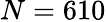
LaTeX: N=610